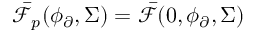
\bar { \mathcal { F } } _ { p } ( \phi _ { \partial } , \Sigma ) = \bar { \mathcal { F } } ( 0 , \phi _ { \partial } , \Sigma )